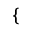
\left\{ \begin{array} { r l } \end{array} \right.